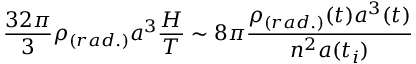
\frac { 3 2 \pi } { 3 } \rho _ { ( r a d . ) } a ^ { 3 } \frac { { \cal H } } { { \cal T } } \sim 8 \pi \frac { \rho _ { ( r a d . ) } ( t ) a ^ { 3 } ( t ) } { n ^ { 2 } a ( t _ { i } ) }